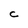
Character: C